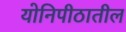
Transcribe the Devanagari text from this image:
योनिपीठातील